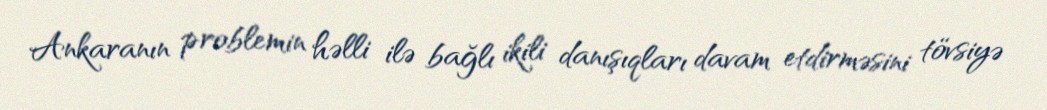
Ankaranın problemin həlli ilə bağlı ikili danışıqları davam etdirməsini tövsiyə